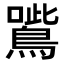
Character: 𡃸